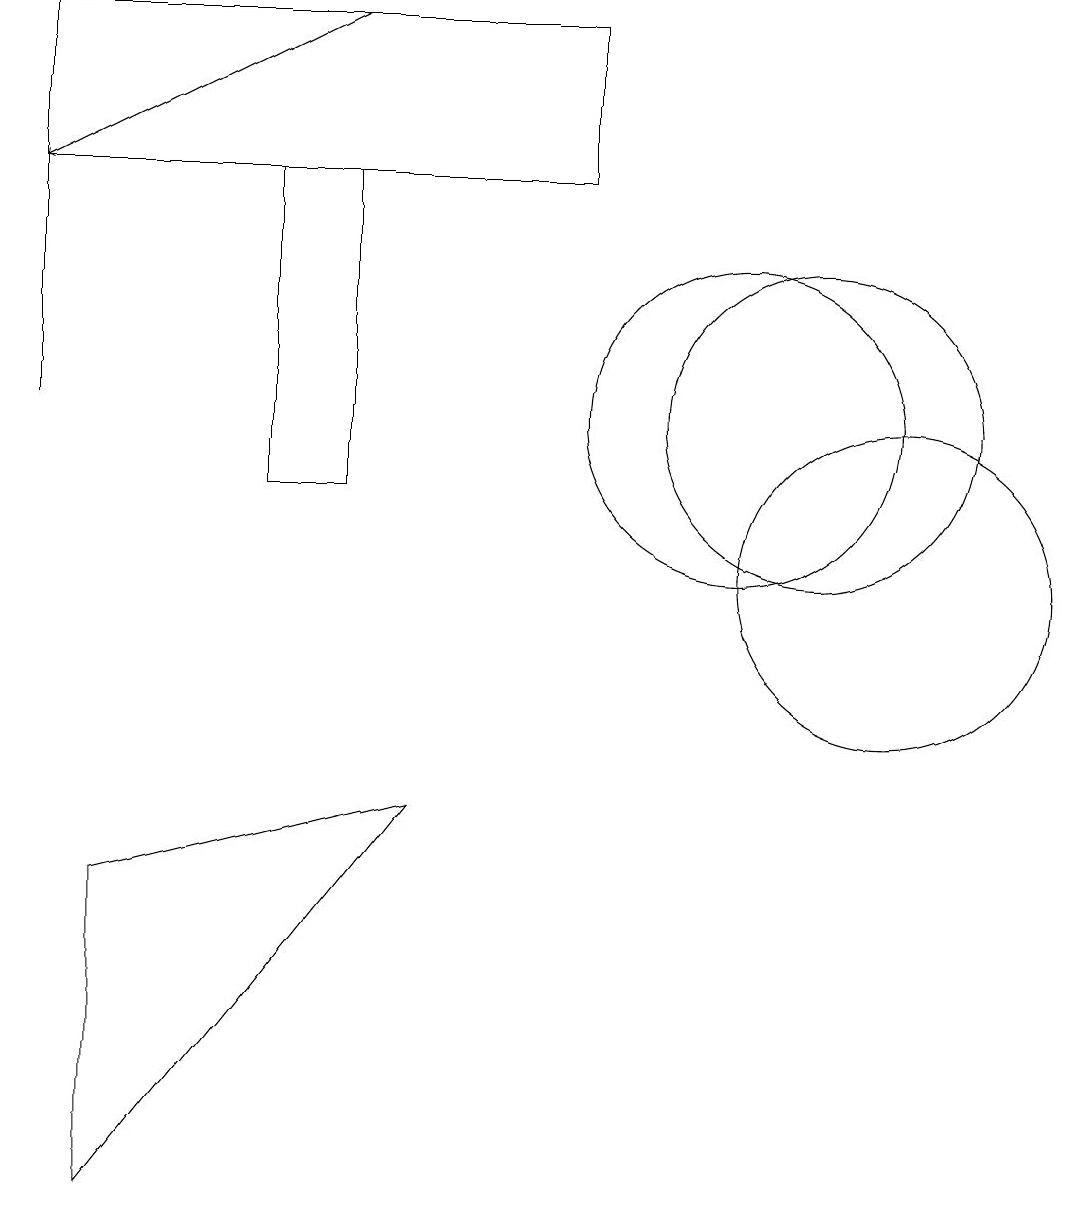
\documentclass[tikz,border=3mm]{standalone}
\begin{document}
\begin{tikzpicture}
\draw (12,10) circle (2);
\draw (4,15) rectangle (5,11);
\draw[->] (5,17) -- (1,15);
\draw (11,12) circle (2);
\draw (1,16) rectangle (1,12);
\draw (10,12) circle (2);
\draw (6,7) -- (2,2) -- (2,6) -- cycle;
\draw (1,17) rectangle (8,15);
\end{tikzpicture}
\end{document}